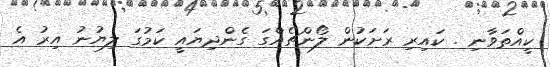
ކީއްތަވާނި . ކައިރި ރަށަކުން ލޯންޗެއްގަ ގެންދިޔައީ ކަމުގަ ލިޔުނު އިރު އެ